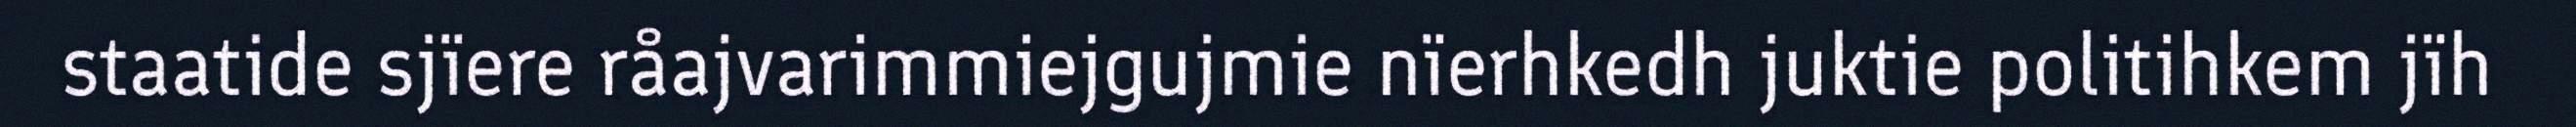
staatide sjïere råajvarimmiejgujmie nïerhkedh juktie politihkem jïh